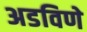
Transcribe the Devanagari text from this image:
अडविणे